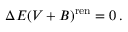
\Delta E ( V + B ) ^ { \mathrm { r e n } } = 0 \, .